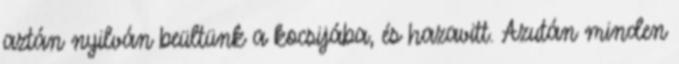
aztán nyilván beültünk a kocsijába, és hazavitt. Azután minden